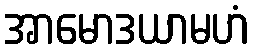
အာမောဒယာမဟံ